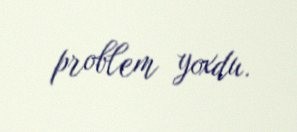
problem yoxdu.